Plague in India, 1896, 1897 - Volume 2
Year: 1896
Disease focus: Plague
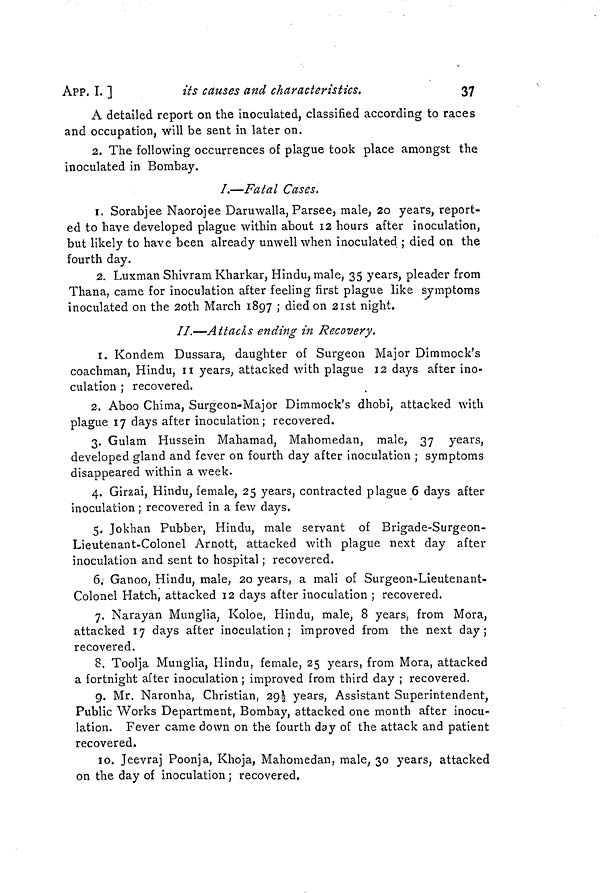
APP. I. ]
its causes and characteristics.
37
A detailed report on the inoculated, classified according to races
and occupation, will be sent in later on.
2. The following occurrences of plague took place amongst the
inoculated in Bombay.
1.—Fatal Cases.
1. Sorabjee Naorojee Daruwalla, Parsee, male, 20 years, report-
ed to have developed plague within about 12 hours after inoculation,
but likely to have been already unwell when inoculated ; died on the
fourth day.
2. Luxman Shivram Kharkar, Hindu, male, 35 years, pleader from
Thana, came for inoculation after feeling first plague like symptoms
inoculated on the 2oth March 1897 ; died on 21st night.
II.—Attacks ending in Recovery.
1. Kondem Dussara, daughter of Surgeon Major Dimmock's
coachman, Hindu, 11 years, attacked with plague 12 days after ino-
culation ; recovered.
2. Aboo Chima, Surgeon-Major Dimmock's dhobi, attacked with
plague 17 days after inoculation; recovered.
3. Gulam Hussein Mahamad, Mahomedan, male, 37 years,
developed gland and fever on fourth day after inoculation ; symptoms
disappeared within a week.
4. Girzai, Hindu, female, 25 years, contracted plague 6 days after
inoculation ; recovered in a few days.
5. Jokhan Pubber, Hindu, male servant of Brigade-Surgeon-
Lieutenant-Colonel Arnott, attacked with plague next day after
inoculation and sent to hospital ; recovered.
6. Ganoo, Hindu, male, 20 years, a mali of Surgeon-Lieutenant-
Colonel Hatch, attacked 12 days after inoculation ; recovered.
7. Narayan Munglia, Koloe, Hindu, male, 8 years, from Mora,
attacked 17 days after inoculation; improved from the next day;
recovered.
8. Toolja Munglia, Hindu, female, 25 years, from Mora, attacked
a fortnight after inoculation ; improved from third day ; recovered.
9. Mr. Naronha, Christian, 291/2 years, Assistant Superintendent,
Public Works Department, Bombay, attacked one month after inocu-
lation. Fever came down on the fourth day of the attack and patient
recovered.
10. Jeevraj Poonja, Khoja, Mahomedan, male, 30 years, attacked
on the day of inoculation ; recovered.